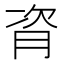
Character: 𬁼